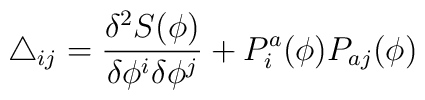
\triangle_{ij}  = \frac{\delta^2 S(\phi)}{\delta \phi^i \delta\phi^j} + P^a_{i}(\phi ) P_{aj}(\phi )